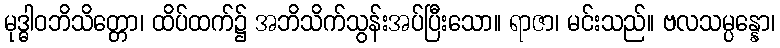
မုဒ္ဓါဝဘိသိတ္တော၊ ထိပ်ထက်၌ အဘိသိက်သွန်းအပ်ပြီးသော။ ရာဇာ၊ မင်းသည်။ ဗလသမ္ပန္နော၊